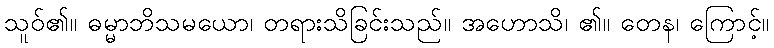
သူဝ်၏။ ဓမ္မာဘိသမယော၊ တရားသိခြင်းသည်။ အဟောသိ၊ ၏။ တေန၊ ကြောင့်။